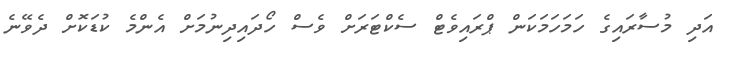
އަދި މުސާރައިގެ ހަމަހަމަކަން ޕްރައިވެޓް ސެކްޓަރަށް ވެސް ހޯދައިދިނުމަށް އެންމެ ކުޑަކޮށް ދެވޭނެ